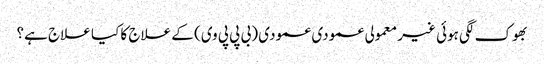
بھوک لگی ہوئی غیر معمولی عمودی عمودی (بی پی پی وی) کے علاج کا کیا علاج ہے؟